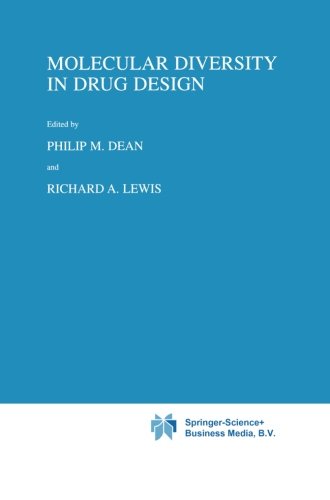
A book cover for Molecular Diversity in Drug Design; Science & Math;